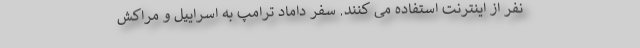
نفر از اینترنت استفاده می کنند. سفر داماد ترامپ به اسراییل و مراکش